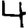
Digit: 4